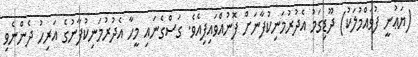
(ޔަޢުނީ ފުވައްމުލަކު) ދޫޑިގަމު އެދުރުމަނިކުފާނަށް ފޮނުއްވައިފިއެވެ. ގަސްގެނައި މީހާ އެދުރުމަނިކުފާނުގެ އަރިހު ދެންނެވި